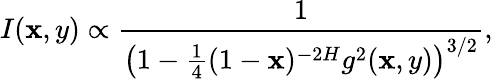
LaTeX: I(\mathbf{x},y)\propto\frac{{1}}{{\left(1-\frac{{1}}{{4}}(1-\mathbf{x})^{-2H}g^{2}(\mathbf{x},y)\right)^{3/2}}},